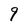
Character: 9